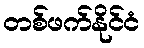
တစ်ဖက်နိုင်ငံ